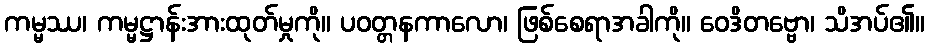
ကမ္မဿ၊ ကမ္မဋ္ဌာန်းအားထုတ်မှုကို။ ပဝတ္တနကာလော၊ ဖြစ်စေရာအခါကို။ ဝေဒိတဗ္ဗော၊ သိအပ်၏။